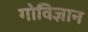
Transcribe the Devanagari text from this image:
गोविज्ञान